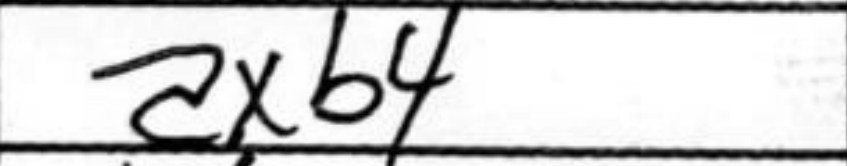
Transcription: axb4